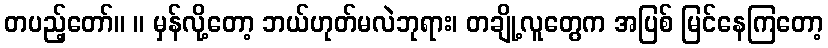
တပည့်တော်။ ။ မှန်လို့တော့ ဘယ်ဟုတ်မလဲဘုရား၊ တချို့လူတွေက အပြစ် မြင်နေကြတော့